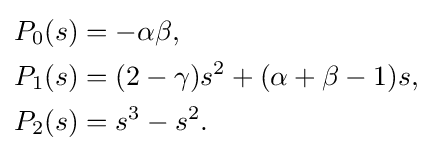
{\begin{aligned}P_{0}(s)&=-\alpha \beta ,\\P_{1}(s)&=(2-\gamma )s^{2}+(\alpha +\beta -1)s,\\P_{2}(s)&=s^{3}-s^{2}.\end{aligned}}